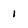
Character: 1